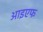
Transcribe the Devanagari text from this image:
आइएफ